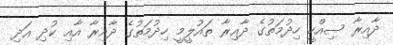
ދާއިރާ ސިއްހީ ހިދުމަތުގެ ދާއިރާ ތައުލީމީ ހިދުމަތުގެ ދާއިރާ އާއި ކުދި އަދި